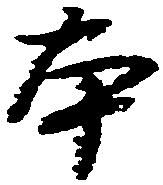
本